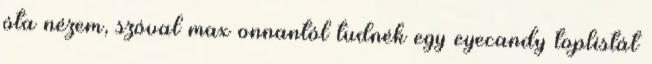
óta nézem, szóval max onnantól tudnék egy eyecandy toplistát